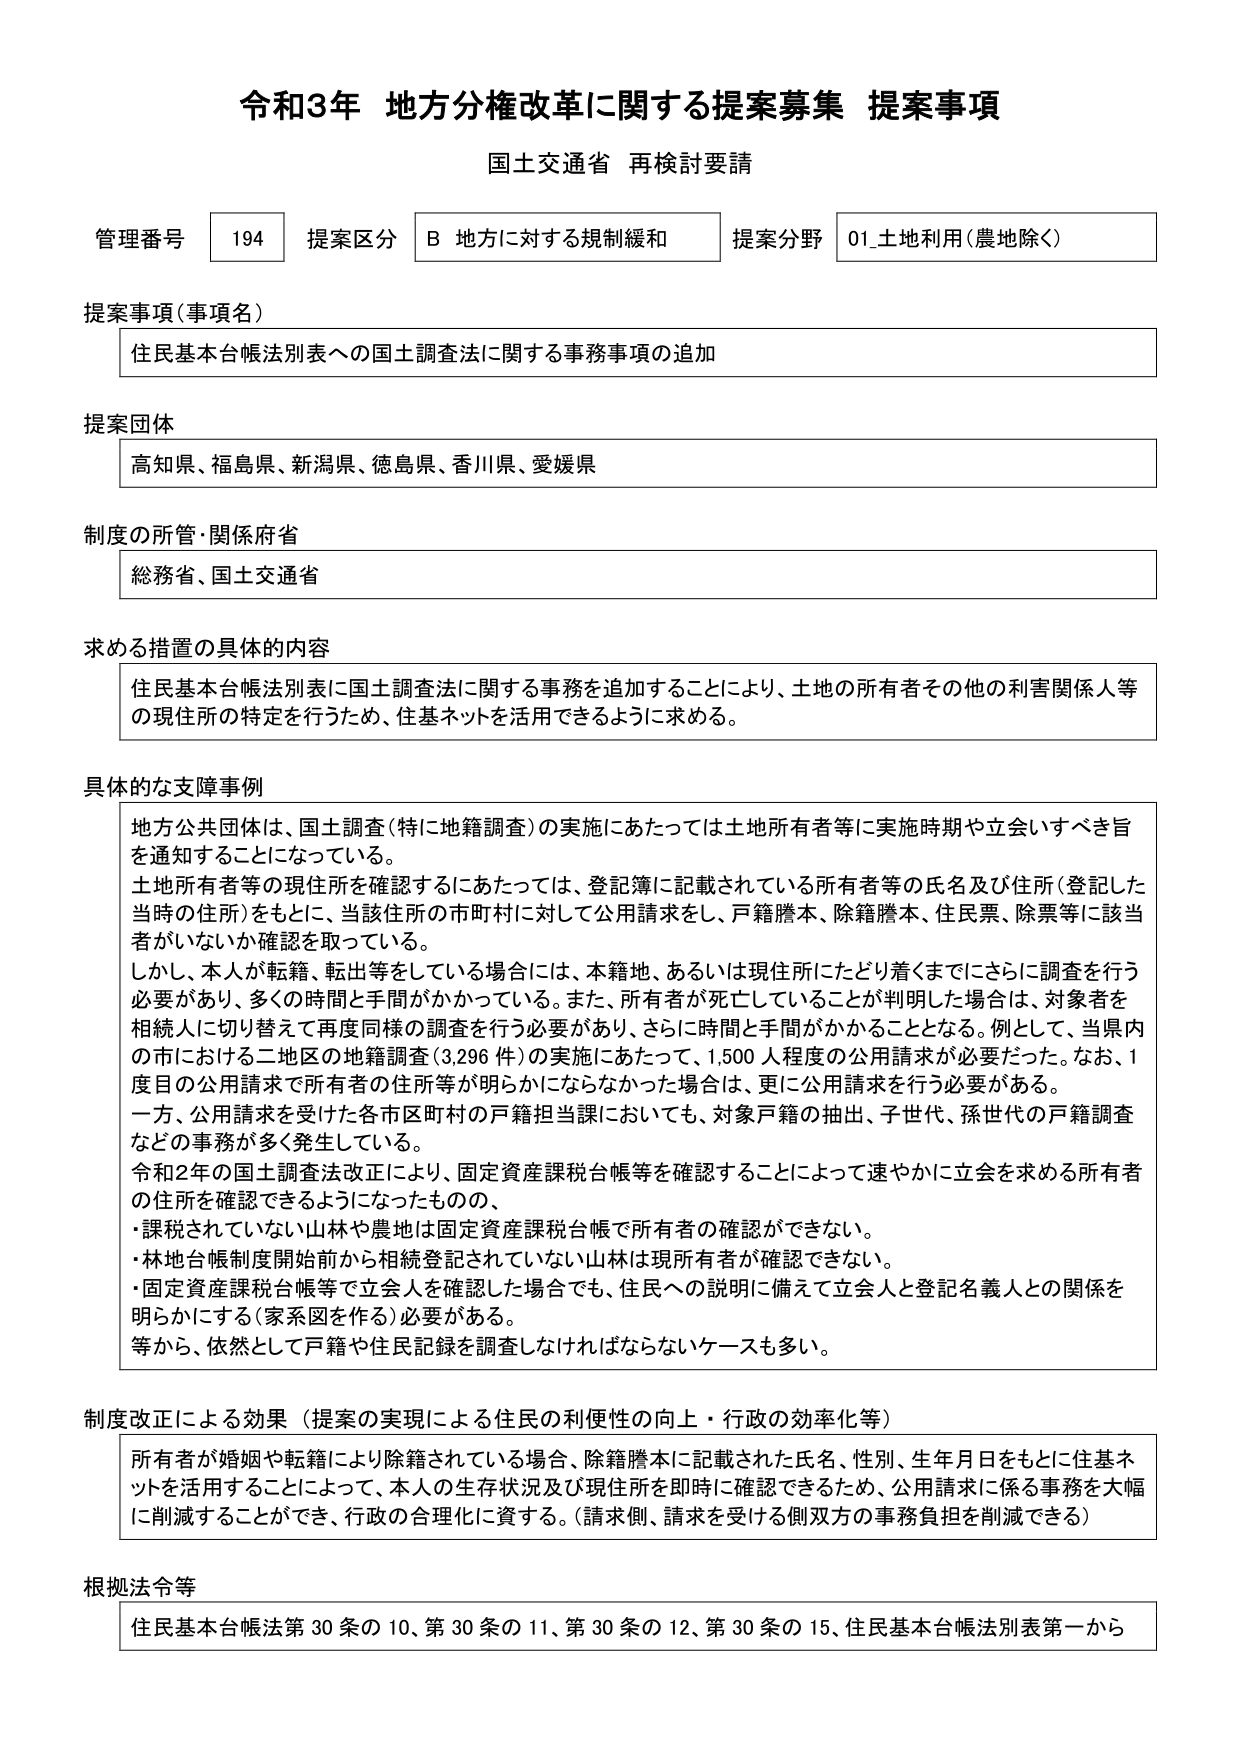
令和3年 地方分権改革に関する提案募集 提案事項
国土交通省 再検討要請

管理番号 194 提案区分 B 地方に対する規制緩和 提案分野 01_土地利用（農地除く）

提案事項（事項名）
住民基本台帳法別表への国土調査法に関する事務事項の追加

提案団体
高知県、福島県、新潟県、徳島県、香川県、愛媛県

制度の所管・関係府省
総務省、国土交通省

求める措置の具体的内容
住民基本台帳法別表に国土調査法に関する事務を追加することにより、土地の所有者その他の利害関係人等の現住所の特定を行うため、住基ネットを活用できるように求める。

具体的な支障事例
地方公共団体は、国土調査（特に地籍調査）の実施にあたっては土地所有者等に実施時期や立会いすべき旨を通知することになっている。
土地所有者等の現住所を確認するにあたっては、登記簿に記載されている所有者等の氏名及び住所（登記した当時の住所）をもとに、当該住所の市町村に対して公用請求をし、戸籍謄本、除籍謄本、住民票、除票等に該当者がいないか確認を取っている。
しかし、本人が転籍、転出等をしている場合には、本籍地、あるいは現住所にたどり着くまでにさらに調査を行う必要があり、多くの時間と手間がかかっている。また、所有者が死亡していることが判明した場合は、対象者を相続人に切り替えて再度同様の調査を行う必要があり、さらに時間と手間がかかることとなる。例として、当県内の市における二地区の地籍調査（3,296件）の実施にあたって、1,500人程度の公用請求が必要だった。なお、1度目の公用請求で所有者の住所等が明らかにならなかった場合は、更に公用請求を行う必要がある。
一方、公用請求を受けた各市区町村の戸籍担当課においても、対象戸籍の抽出、子世代、孫世代の戸籍調査などの事務が多く発生している。
令和2年の国土調査法改正により、固定資産課税台帳等を確認することによって速やかに立会を求める所有者の住所を確認できるようになったものの、
・課税されていない山林や農地は固定資産課税台帳で所有者の確認ができない。
・林地台帳制度開始前から相続登記されていない山林は現所有者が確認できない。
・固定資産課税台帳等で立会人を確認した場合でも、住民への説明に備えて立会人と登記名義人との関係を明らかにする（家系図を作る）必要がある。
等から、依然として戸籍や住民記録を調査しなければならないケースも多い。

制度改正による効果（提案の実現による住民の利便性の向上・行政の効率化等）
所有者が婚姻や転籍により除籍されている場合、除籍謄本に記載された氏名、性別、生年月日をもとに住基ネットを活用することによって、本人の生存状況及び現住所を即時に確認できるため、公用請求に係る事務を大幅に削減することができ、行政の合理化に資する。（請求側、請求を受ける側双方の事務負担を削減できる）

根拠法令等
住民基本台帳法第30条の10、第30条の11、第30条の12、第30条の15、住民基本台帳法別表第一から